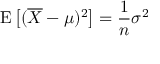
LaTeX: \operatorname { E } { \big [ } ( { \overline { { X } } } - \mu ) ^ { 2 } { \big ] } = { \frac { 1 } { n } } \sigma ^ { 2 }